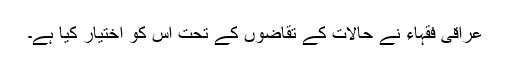
عراقی فقہاء نے حالات کے تقاضوں کے تحت اس کو اختیار کیا ہے۔